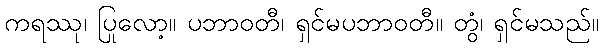
ကရဿု၊ ပြုလော့။ ပဘာဝတီ၊ ရှင်မပဘာဝတီ။ တွံ၊ ရှင်မသည်။